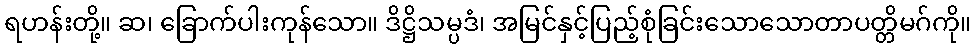
ရဟန်းတို့။ ဆ၊ ခြောက်ပါးကုန်သော။ ဒိဋ္ဌိသမ္ပဒံ၊ အမြင်နှင့်ပြည့်စုံခြင်းသောသောတာပတ္တိမဂ်ကို။